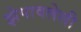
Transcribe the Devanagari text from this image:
झेपावलेली